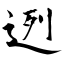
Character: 迾